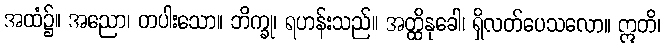
အထံ၌။ အညော၊ တပါးသော။ ဘိက္ခု၊ ရဟန်းသည်။ အတ္ထိနုခေါ၊ ရှိလတ်ပေသလော။ ဣတိ၊